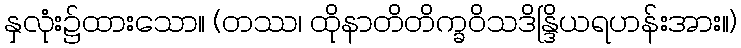
နှလုံး၌ထားသော။ (တဿ၊ ထိုနာတိတိက္ခဝိသဒိန္ဒြိယရဟန်းအား။)